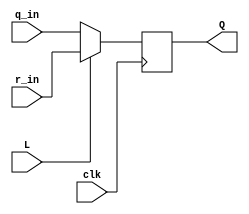
// https://hdlbits.01xz.net/wiki/Mt2015_muxdff

module top_module (
	input clk,
	input L,
	input r_in,
	input q_in,
	output reg Q);
    
    always @(posedge clk) begin
        Q = (L ? r_in : q_in);
    end

endmodule